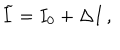
\widetilde { I } = I _ { 0 } + \Delta I \, ,